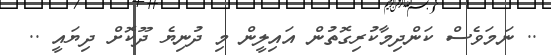
.. ނަމަވެސް ކަންދިމާކުރިގޮތުން އައިލީން މި ދުނިޔެ ދޫކޮށް ދިޔައީ ..